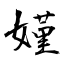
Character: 嫤